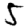
Digit: 5